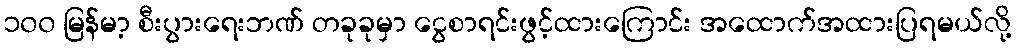
၁၀၀ မြန်မာ့ စီးပွားရေးဘဏ် တခုခုမှာ ငွေစာရင်းဖွင့်ထားကြောင်း အထောက်အထားပြရမယ်လို့